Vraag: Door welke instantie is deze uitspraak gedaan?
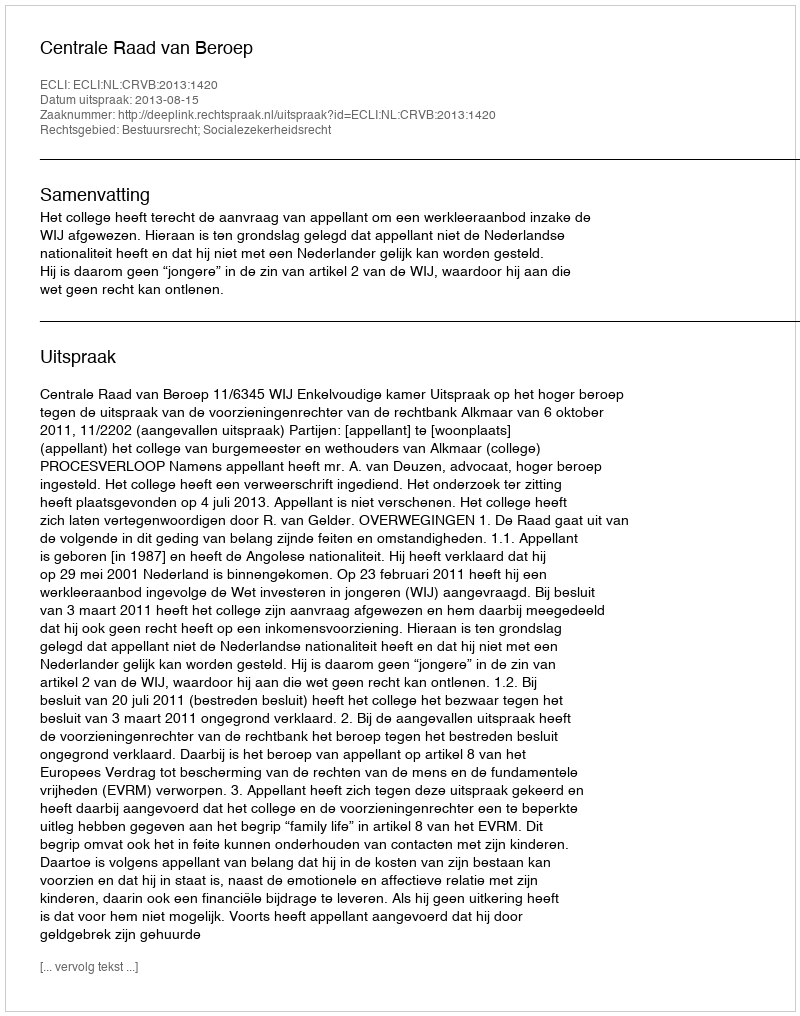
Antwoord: Centrale Raad van Beroep